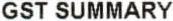
GST SUMMARY